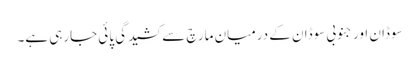
سوڈان اور جنوبی سوڈان کے درمیان مارچ سے کشیدگی پائی جارہی ہے۔